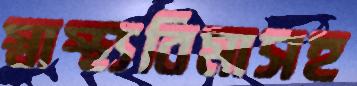
স্বাস্থ্যবিমাসহ